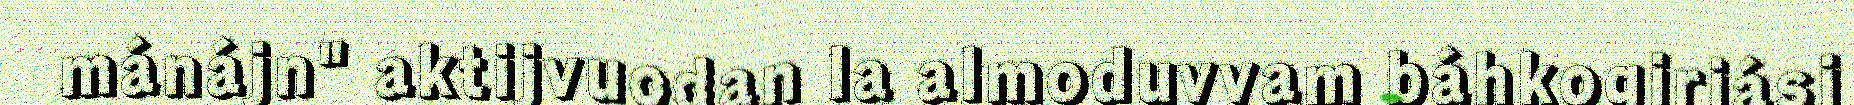
mánájn" aktijvuodan la almoduvvam báhkogirjásj